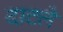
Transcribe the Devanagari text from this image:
दाटले